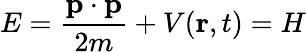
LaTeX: E={\frac{\mathbf{p}\cdot\mathbf{p}}{2m}}+V(\mathbf{r},t)=H